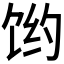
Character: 𱃻